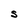
Character: S